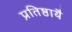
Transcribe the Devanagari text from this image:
प्रतिष्ठायै